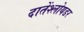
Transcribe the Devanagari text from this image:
दातेंश्लोयडर